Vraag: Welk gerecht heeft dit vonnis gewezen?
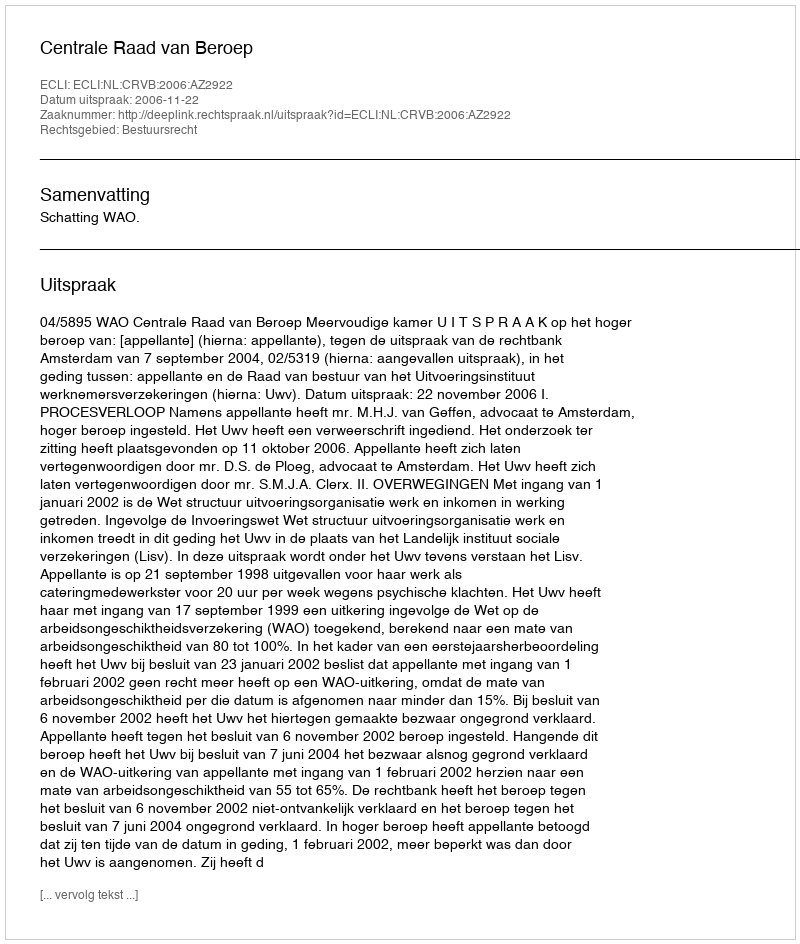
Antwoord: Centrale Raad van Beroep